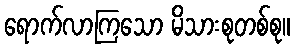
ရောက်လာကြသော မိသားစုတစ်စု။